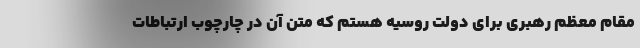
مقام معظم رهبری برای دولت روسیه هستم که متن آن در چارچوب ارتباطات